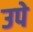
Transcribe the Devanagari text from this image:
उपे